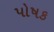
પોષક